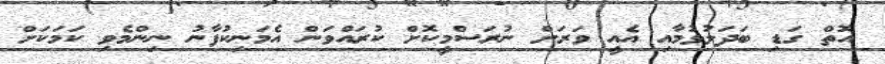
އޮތް ގަޑި ބަދަލުވުމާއި އެއީ ވަރަށް ނުރަސްމީކޮށް ކުރައްވަން އެމަނިކުފާނު ނިންމެވި ކަމަކަށް